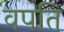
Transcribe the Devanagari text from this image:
वपति